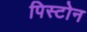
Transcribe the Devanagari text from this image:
पिस्टोन